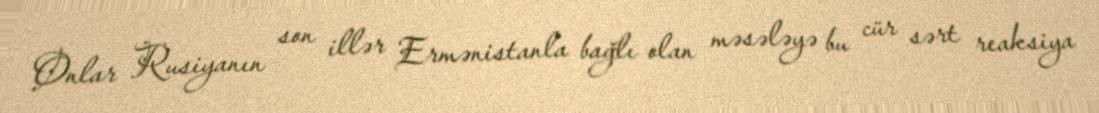
Onlar Rusiyanın son illər Ermənistanla bağlı olan məsələyə bu cür sərt reaksiya